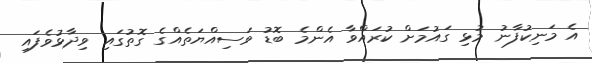
އެ މަނިކުފާނު މުޅި ގައުމަށް ކުރައްވާ އެންމެ ބޮޑު ވަސިއްޔަތެއްގެ ގޮތުގައި ވިދާޅުވެފައި